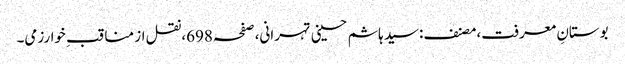
بوستانِ معرفت،مصنف:سید ہاشم حسینی تہرانی،صفحہ698،نقل از مناقب ِخوارزمی۔